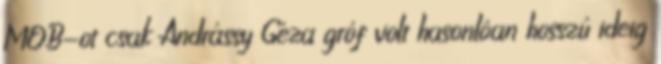
MOB-ot csak Andrássy Géza gróf volt hasonlóan hosszú ideig